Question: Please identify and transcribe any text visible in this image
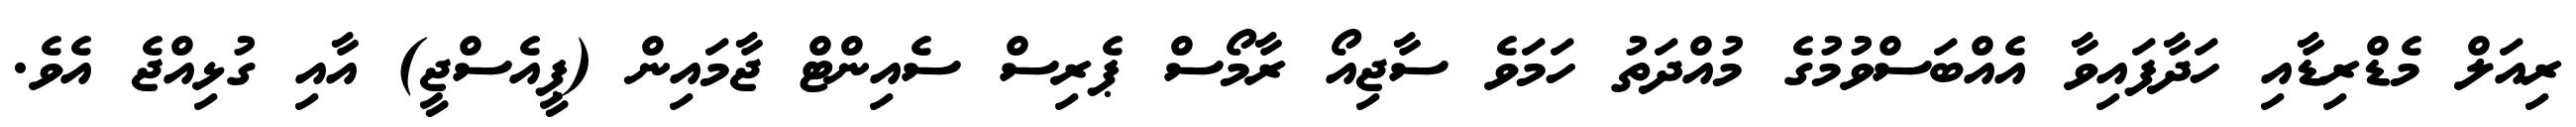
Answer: ރިއަލް މެޑްރިޑާއި ހަދާފައިވާ އެއްބަސްވުމުގެ މުއްދަތު ހަމަވެ ސާޖިއޯ ރާމޯސް ޕެރިސް ސެއިންޓް ޖާމައިން (ޕީއެސްޖީ) އާއި ގުޅިއްޖެ އެވެ.